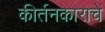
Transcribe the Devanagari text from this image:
कीर्तनकाराचे